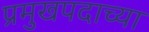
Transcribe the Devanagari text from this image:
प्रमुखपदाच्या